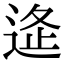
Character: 𨓧